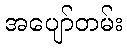
အပျော်တမ်း